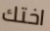
اختك